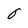
Character: 0